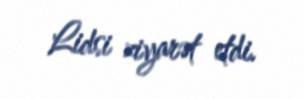
Lidsi ziyarət etdi.